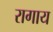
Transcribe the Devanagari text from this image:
रागाय